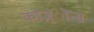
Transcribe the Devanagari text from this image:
कोज़्ोन्स